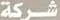
شركة